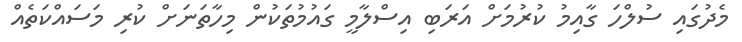
މެދުގައި ސުލްހަ ގާއިމު ކުރުމަށް އަރަބި އިސްލާމީ ގައުމުތަކުން މިހާތަނަށް ކުރި މަސައްކަތެއް